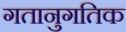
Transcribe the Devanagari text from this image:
गतानुगतिक